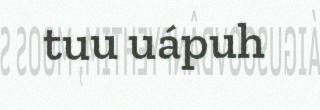
tuu uápuh